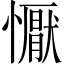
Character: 懨